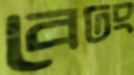
বেঢং